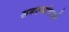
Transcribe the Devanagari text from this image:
समस्यांवरची